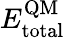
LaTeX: E_{\mathrm{total}}^{\mathrm{QM}}